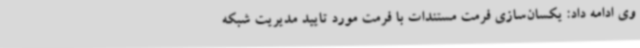
وی ادامه داد: یکسان‌سازی فرمت مستندات با فرمت مورد تایید مدیریت شبکه